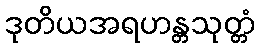
ဒုတိယအရဟန္တသုတ္တံ